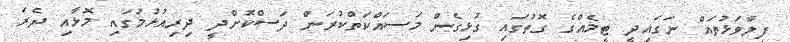
ފިލާވަޅުތައް ނަގައިދީ ޓީމެއްގެ ގޮތުގައި ގުޅިގެން މަސައްކަތްކުރަން ދަސްކޮށްދީ ދިރިއުޅުމުގައި މޮޅާއި ދެރަ